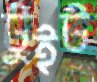
টুইট